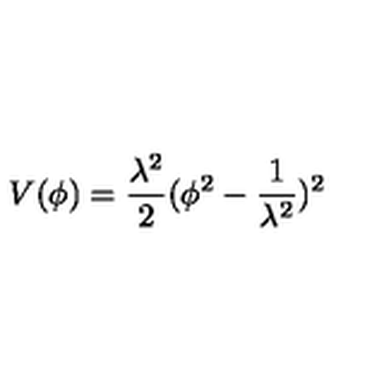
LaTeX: V ( \phi ) = \frac { \lambda ^ { 2 } } { 2 } ( \phi ^ { 2 } - \frac { 1 } { \lambda ^ { 2 } } ) ^ { 2 }